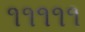
૧૧૧૧૧